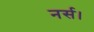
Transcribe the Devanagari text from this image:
नर्स।